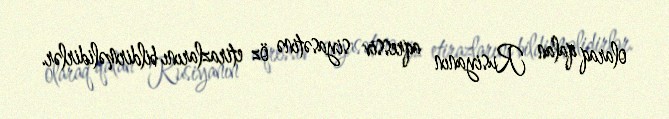
olaraq qalan Rusiyanın aqressiv siyasətinə öz etirazlarını bildirməlidirlər.